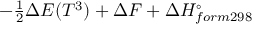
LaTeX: - \textstyle { \frac { 1 } { 2 } } \Delta E ( T ^ { 3 } ) + \Delta F + \Delta H _ { f o r m 2 9 8 } ^ { \circ }